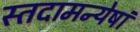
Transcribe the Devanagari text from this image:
स्तदामन्येषां